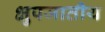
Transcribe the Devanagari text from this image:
क्षुपजातीय